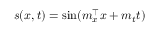
s ( \boldsymbol { x } , t ) = \sin ( \boldsymbol { m } _ { x } ^ { \top } \boldsymbol { x } + m _ { t } t )